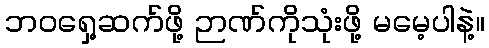
ဘဝရှေ့ဆက်ဖို့ ဉာဏ်ကိုသုံးဖို့ မမေ့ပါနဲ့။